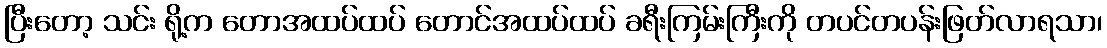
ပြီးတော့ သင်း ရို့က တောအထပ်ထပ် တောင်အထပ်ထပ် ခရီးကြမ်းကြီးကို တပင်တပန်းဖြတ်လာရသာ၊